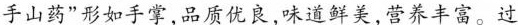
手山药”形如手掌，品质优良，味道鲜美，营养丰富。过